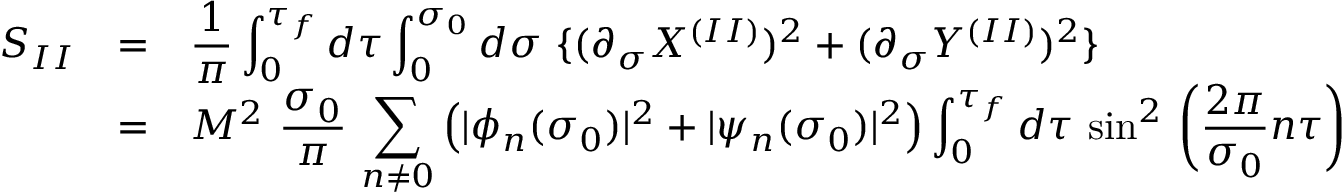
\begin{array} { l c l } { { S _ { I I } } } & { { = } } & { { { \displaystyle \frac { 1 } { \pi } \int _ { 0 } ^ { \tau _ { f } } d \tau \int _ { 0 } ^ { \sigma _ { 0 } } d \sigma ~ \{ ( \partial _ { \sigma } X ^ { ( I I ) } ) ^ { 2 } + ( \partial _ { \sigma } Y ^ { ( I I ) } ) ^ { 2 } \} } } } \\ { { } } & { { = } } & { { { \displaystyle M ^ { 2 } ~ \frac { \sigma _ { 0 } } { \pi } \, \sum _ { n \neq 0 } ^ { } \left( | \phi _ { n } ( \sigma _ { 0 } ) | ^ { 2 } + | \psi _ { n } ( \sigma _ { 0 } ) | ^ { 2 } \right) \int _ { 0 } ^ { \tau _ { f } } d \tau ~ { \sin } ^ { 2 } \, \left( \frac { 2 \pi } { \sigma _ { 0 } } n \tau \right) } } } \end{array}